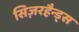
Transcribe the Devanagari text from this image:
सिज़रहैन्ड्स